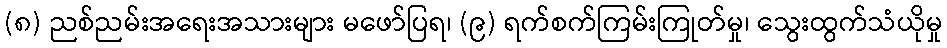
(၈) ညစ်ညမ်းအရေးအသားများ မဖော်ပြရ၊ (၉) ရက်စက်ကြမ်းကြုတ်မှု၊ သွေးထွက်သံယိုမှု